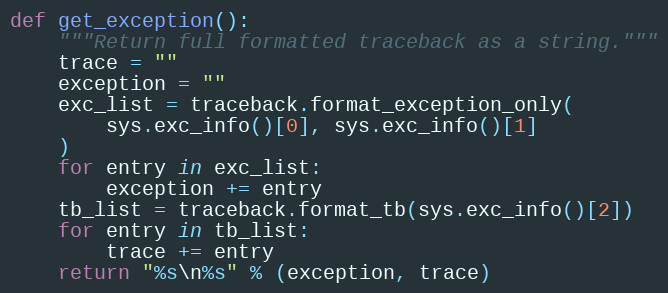
Language: Python
def get_exception():
    """Return full formatted traceback as a string."""
    trace = ""
    exception = ""
    exc_list = traceback.format_exception_only(
        sys.exc_info()[0], sys.exc_info()[1]
    )
    for entry in exc_list:
        exception += entry
    tb_list = traceback.format_tb(sys.exc_info()[2])
    for entry in tb_list:
        trace += entry
    return "%s\n%s" % (exception, trace)